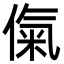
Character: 㑶